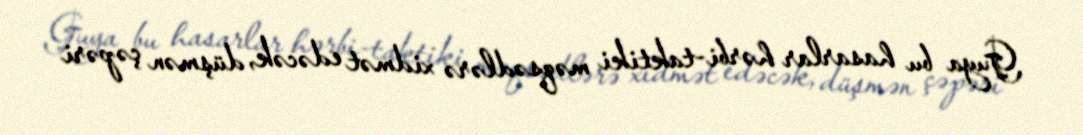
Guya bu hasarlar hərbi-taktiki məqsədlərə xidmət edəcək, düşmən çəpəri